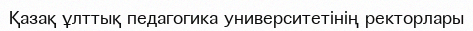
Қазақ ұлттық педагогика университетінің ректорлары